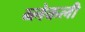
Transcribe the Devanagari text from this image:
ब्लेकली